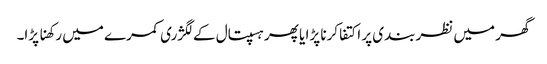
گھر میں نظربندی پر اکتفا کرنا پڑا یا پھر ہسپتال کے لگژری کمرے میں رکھنا پڑا۔